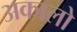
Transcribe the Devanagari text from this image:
अकालो